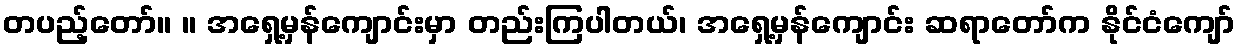
တပည့်တော်။ ။ အရှေ့မှန်ကျောင်းမှာ တည်းကြပါတယ်၊ အရှေ့မှန်ကျောင်း ဆရာတော်က နိုင်ငံကျော်